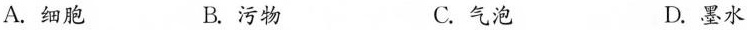
A.细胞 B.污物 C.气泡 D.墨水